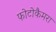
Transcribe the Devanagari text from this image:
फोटोकैमरा